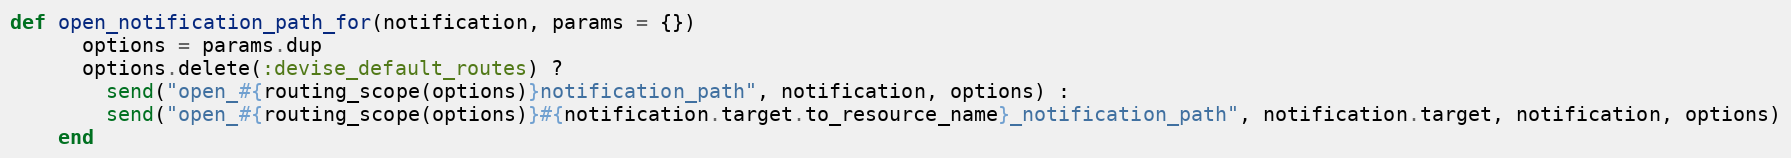
Language: Ruby
def open_notification_path_for(notification, params = {})
      options = params.dup
      options.delete(:devise_default_routes) ?
        send("open_#{routing_scope(options)}notification_path", notification, options) :
        send("open_#{routing_scope(options)}#{notification.target.to_resource_name}_notification_path", notification.target, notification, options)
    end